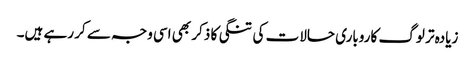
زیادہ تر لوگ کاروباری حالات کی تنگی کا ذکر بھی اسی وجہ سے کر رہے ہیں۔